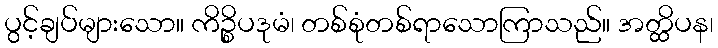
ပွင့်ချပ်များသော။ ကိဉ္စိပဒုမံ၊ တစ်စုံတစ်ရာသောကြာသည်။ အတ္ထိပန၊